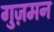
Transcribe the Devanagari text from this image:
गुज़मन